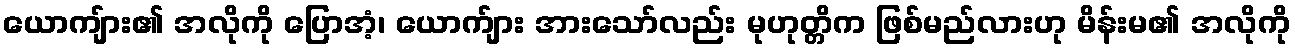
ယောကျ်ား၏ အလိုကို ပြောအံ့၊ ယောက်ျား အားသော်လည်း မုဟုတ္တိက ဖြစ်မည်လားဟု မိန်းမ၏ အလိုကို